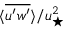
\langle \overline { { u ^ { \prime } w ^ { \prime } } } \rangle / u _ { \star } ^ { 2 }